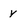
Character: y